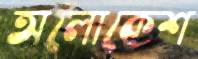
অলোকেশ